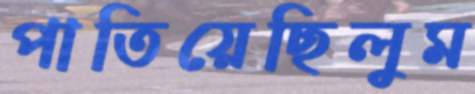
পাতিয়েছিলুম